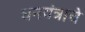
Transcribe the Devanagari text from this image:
धनयंत्राचे